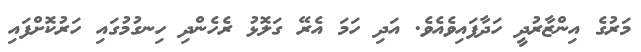
މަރުގެ އިންޒާރުދީ ހަދާފައިވެއެވެ. އަދި ހަމަ އެރޭ ގަލޮޅު ރެހެންދި ހިނގުމުގައި ހަރުކޮށްފައި